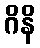
ဂိနိ